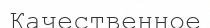
Качественное